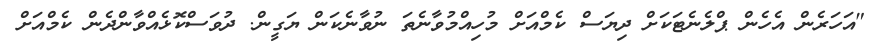
"އަހަރެން އެހެން ޕްލެނެޓަކަށް ދިޔަސް ކެމްއަށް މުހިއްމުވާނެތަ ނުވާނެކަން ޔަގީން. ދުވަސްކޮޅެއްވާންދެން ކެމްއަށް